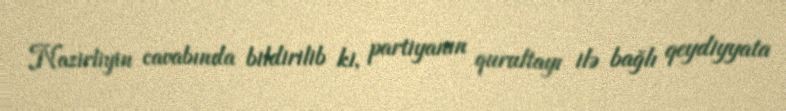
Nazirliyin cavabında bildirilib ki, partiyanın qurultayı ilə bağlı qeydiyyata